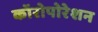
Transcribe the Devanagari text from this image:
कॉरोपोरेशन